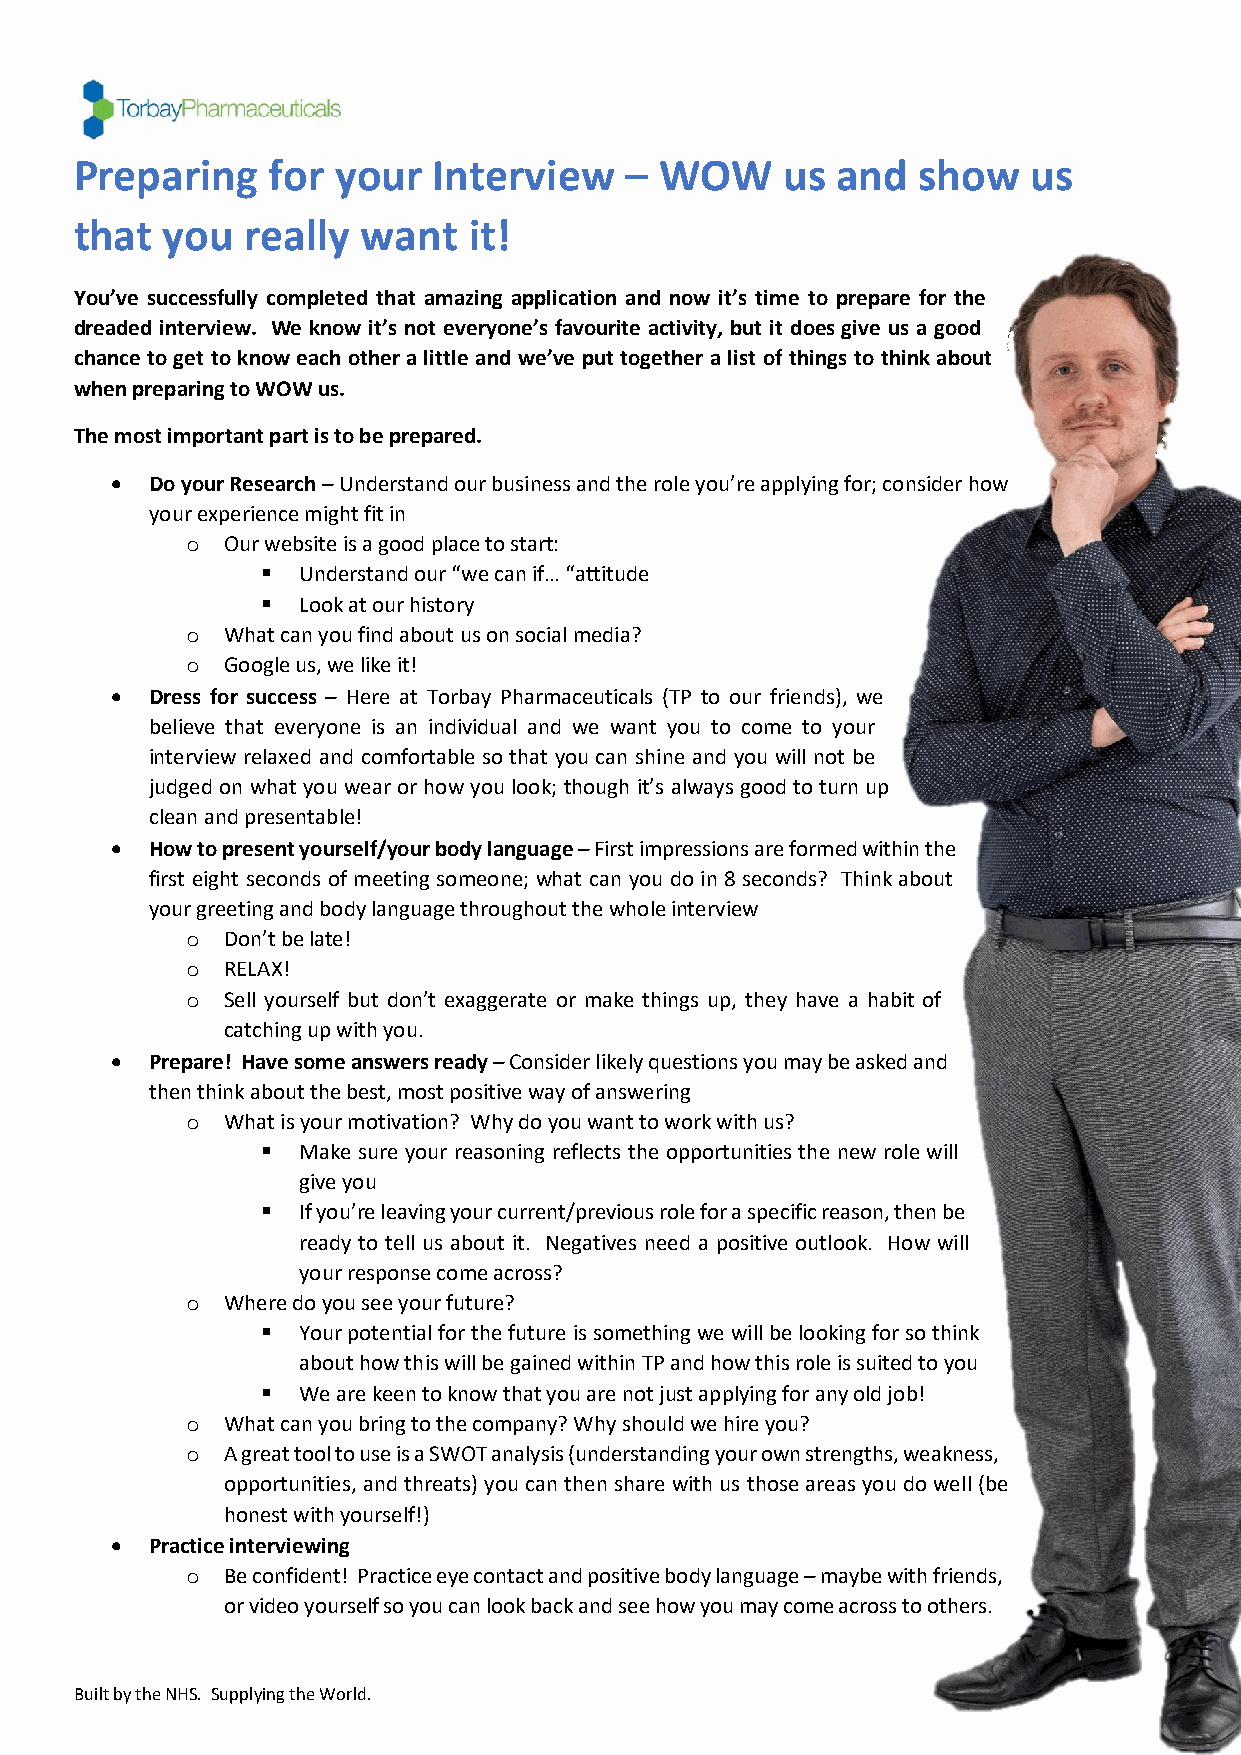
Preparing    for your   Interview   –  WOW     us and   show   us
 that  you  really  want   it!
 You’ve successfully completed that amazing application and now it’s time to prepare for the
 dreaded interview. We know it’s not everyone’s favourite activity, but it does give us a good
 chance to get to know each other a little and we’ve put together a list of things to think about
 when preparing to WOW us.
 The most important part is to be prepared.
 •  Do your Research – Understand our business and the role you’re applying for; consider how
 your experience might fit in
 o  Our website is a good place to start:
 ▪  Understand our “we can if… “attitude
 ▪  Look at our history
 o  What can you find about us on social media?
 o  Google us, we like it!
 •  Dress for success – Here at Torbay Pharmaceuticals (TP to our friends), we
 believe that everyone is an individual and we want you to come to your
 interview relaxed and comfortable so that you can shine and you will not be
 judged on what you wear or how you look; though it’s always good to turn up
 clean and presentable!
 •  How to present yourself/your body language – First impressions are formed within the
 first eight seconds of meeting someone; what can you do in 8 seconds? Think about
 your greeting and body language throughout the whole interview
 o  Don’t be late!
 o  RELAX!
 o  Sell yourself but don’t exaggerate or make things up, they have a habit of
 catching up with you.
 •  Prepare! Have some answers ready – Consider likely questions you may be asked and
 then think about the best, most positive way of answering
 o  What is your motivation? Why do you want to work with us?
 ▪  Make sure your reasoning reflects the opportunities the new role will
 give you
 ▪  If you’re leaving your current/previous role for a specific reason, then be
 ready to tell us about it. Negatives need a positive outlook. How will
 your response come across?
 o  Where do you see your future?
 ▪  Your potential for the future is something we will be looking for so think
 about how this will be gained within TP and how this role is suited to you
 ▪  We are keen to know that you are not just applying for any old job!
 o  What can you bring to the company? Why should we hire you?
 o  A great tool to use is a SWOT analysis (understanding your own strengths, weakness,
 opportunities, and threats) you can then share with us those areas you do well (be
 honest with yourself!)
 •  Practice interviewing
 o  Be confident! Practice eye contact and positive body language – maybe with friends,
 or video yourself so you can look back and see how you may come across to others.
 Built by the NHS. Supplying the World.